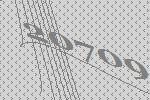
20709